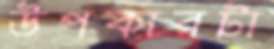
উপকারটা